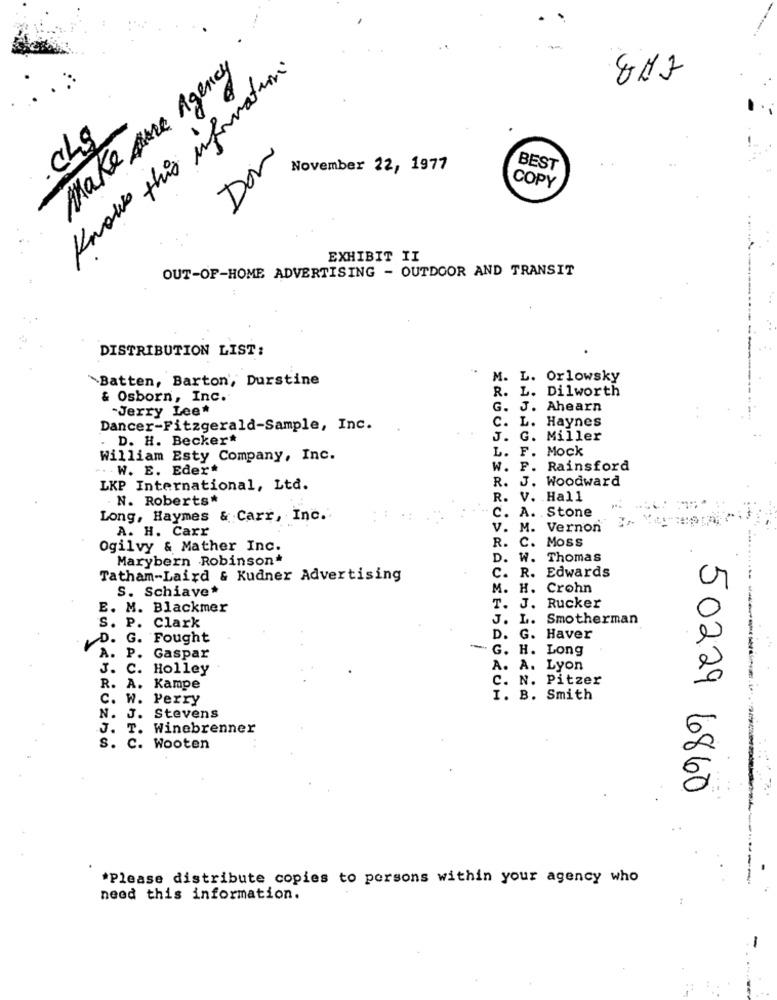
Make An Agency
Know this information.
:
Don
November 22, 1977
BEST
COPY
EXHIBIT II
OUT-OF-HOME ADVERTISING - OUTDOOR AND TRANSIT
DISTRIBUTION LIST:
`Batten, Barton', Durstine
M. L. Orlowsky
& Osborn, Inc.
R. L. Dilworth
"Jerry Lee*
G. J. Ahearn
Dancer-Fitzgerald-Sample, Inc.
C. L. Haynes
. D. H. Beckert
J. G. Miller
L. F. Mock
William Esty Company, Inc.
.W. E. Eder*
W. F. Rainsford
R. J. Woodward
LKP International, Ltd.
N. Roberts*
R. V. Hall
Long, Haymes & Carr, Inc.
. C. A. Stone
A. H. Carr
V. M. Vernon
R. C. Moss
Ogilvy & Mather Inc.
Marybern Robinson
D. W. Thomas
C. R. Edwards
Tatham-Laird & Kudner Advertising
S. Schiave*
M. H. Crohn
E. M. Blackmer
T. J. Rucker
S. P.
J. L. Smotherman
Clark
D. G. Fought
D. G. Haver
A. P.
* G. H. Long
Gaspar
J. C. Holley
A. A. Lyon
C. N. Pitzer
R. A. Kampe
C. W. Perry
I. B. Smith
N. J. Stevens
J. T.
Winebrenner
s. c. Wooten
50229 6860
*Please distribute copies to persons within your agency who
need this information.